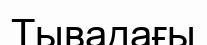
Тывадағы